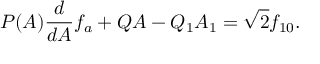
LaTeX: P ( A ) \frac { d } { d A } f _ { a } + Q A - Q _ { 1 } A _ { 1 } = \sqrt { 2 } f _ { 1 0 } .